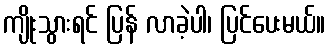
ကျိုးသွားရင် ပြန် လာခဲ့ပါ၊ ပြင်ပေးမယ်။